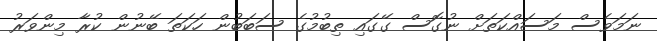
ނަމަވެސް މަސައްކަތަށް ނުގޮސް ގޭގައި ތިބުމުގެ ސަބަބުން ހަަކަތަ ބޭނުން ކުރާ މިންވަރު